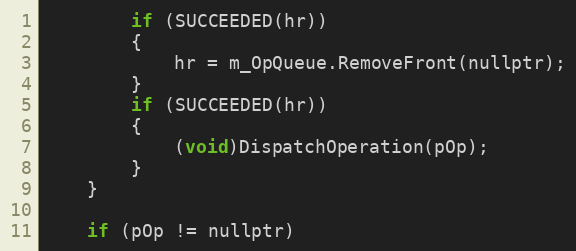
Language: C
        if (SUCCEEDED(hr))
        {
            hr = m_OpQueue.RemoveFront(nullptr);
        }
        if (SUCCEEDED(hr))
        {
            (void)DispatchOperation(pOp);
        }
    }

    if (pOp != nullptr)